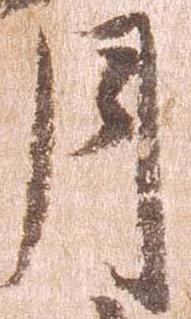
月